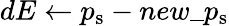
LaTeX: dE\gets p_{\mathrm{s}}-new\textunderscore p_{\mathrm{s}}